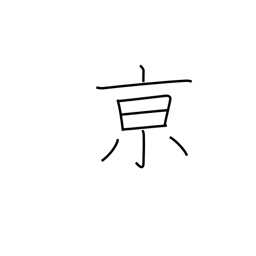
Meaning: capital city